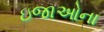
ઇજાઓના